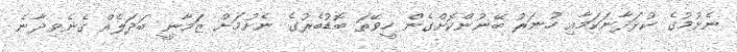
ނެށުމުގެ ކުޅަދާނަކަމާއި ހުނަރު ބޭނުންކޮށްގެން ހީވޭތަ ބޮޑުބެރުގެ ނެށުމަށް ޒަމާނީ ބަދަލެއް ގެނެވިދާނެ